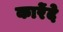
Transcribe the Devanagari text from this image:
कारेंदे